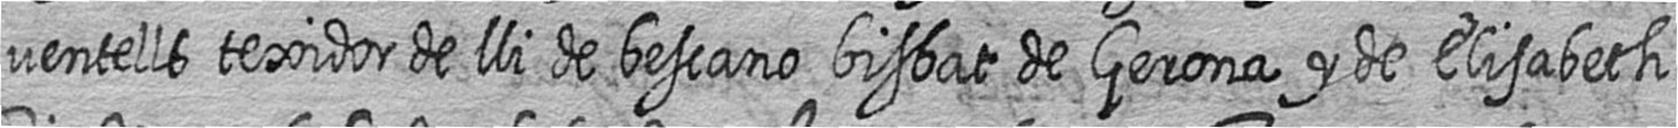
ventells texidor de lli de bescano bisbat de Gerona y de Elisabeth